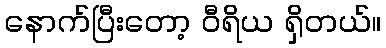
နောက်ပြီးတော့ ဝီရိယ ရှိတယ်။